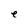
Character: e